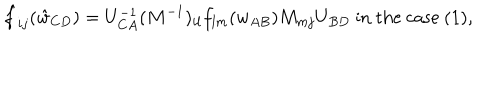
LaTeX: \hat { f } _ { i j } ( \hat { w } _ { C D } ) = U _ { C A } ^ { - 1 } ( M ^ { - 1 } ) _ { i l } f _ { l m } ( w _ { A B } ) M _ { m j } U _ { B D } \mathrm { ~ i n ~ t h e ~ c a s e ~ ( 1 ) , ~ }